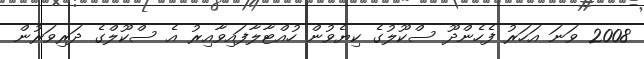
2008 ވަނަ އަހަރު ފެހެންދޫ ސްކޫލުގެ ކިޔެވުން ހުއްޓާލާފައިވާއިރު އެ ސްކޫލްގެ ދަރިވަރުން